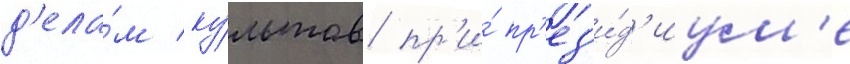
д'ела́м ку́льтов пр'и́ пр'ез'и́д'иум'е